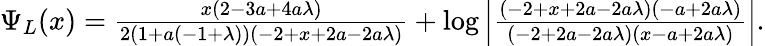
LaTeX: \begin{array}{r}{\Psi_{L}(x)=\frac{x(2-3a+4a\lambda)}{2(1+a(-1+\lambda))(-2+x+2a-2a\lambda)}+\log\left|\frac{(-2+x+2a-2a\lambda)(-a+2a\lambda)}{(-2+2a-2a\lambda)(x-a+2a\lambda)}\right|.}\end{array}